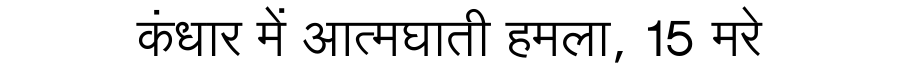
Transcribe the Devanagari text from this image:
कंधार में आत्मघाती हमला, 15 मरे